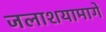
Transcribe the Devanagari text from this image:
जलाशयामागे